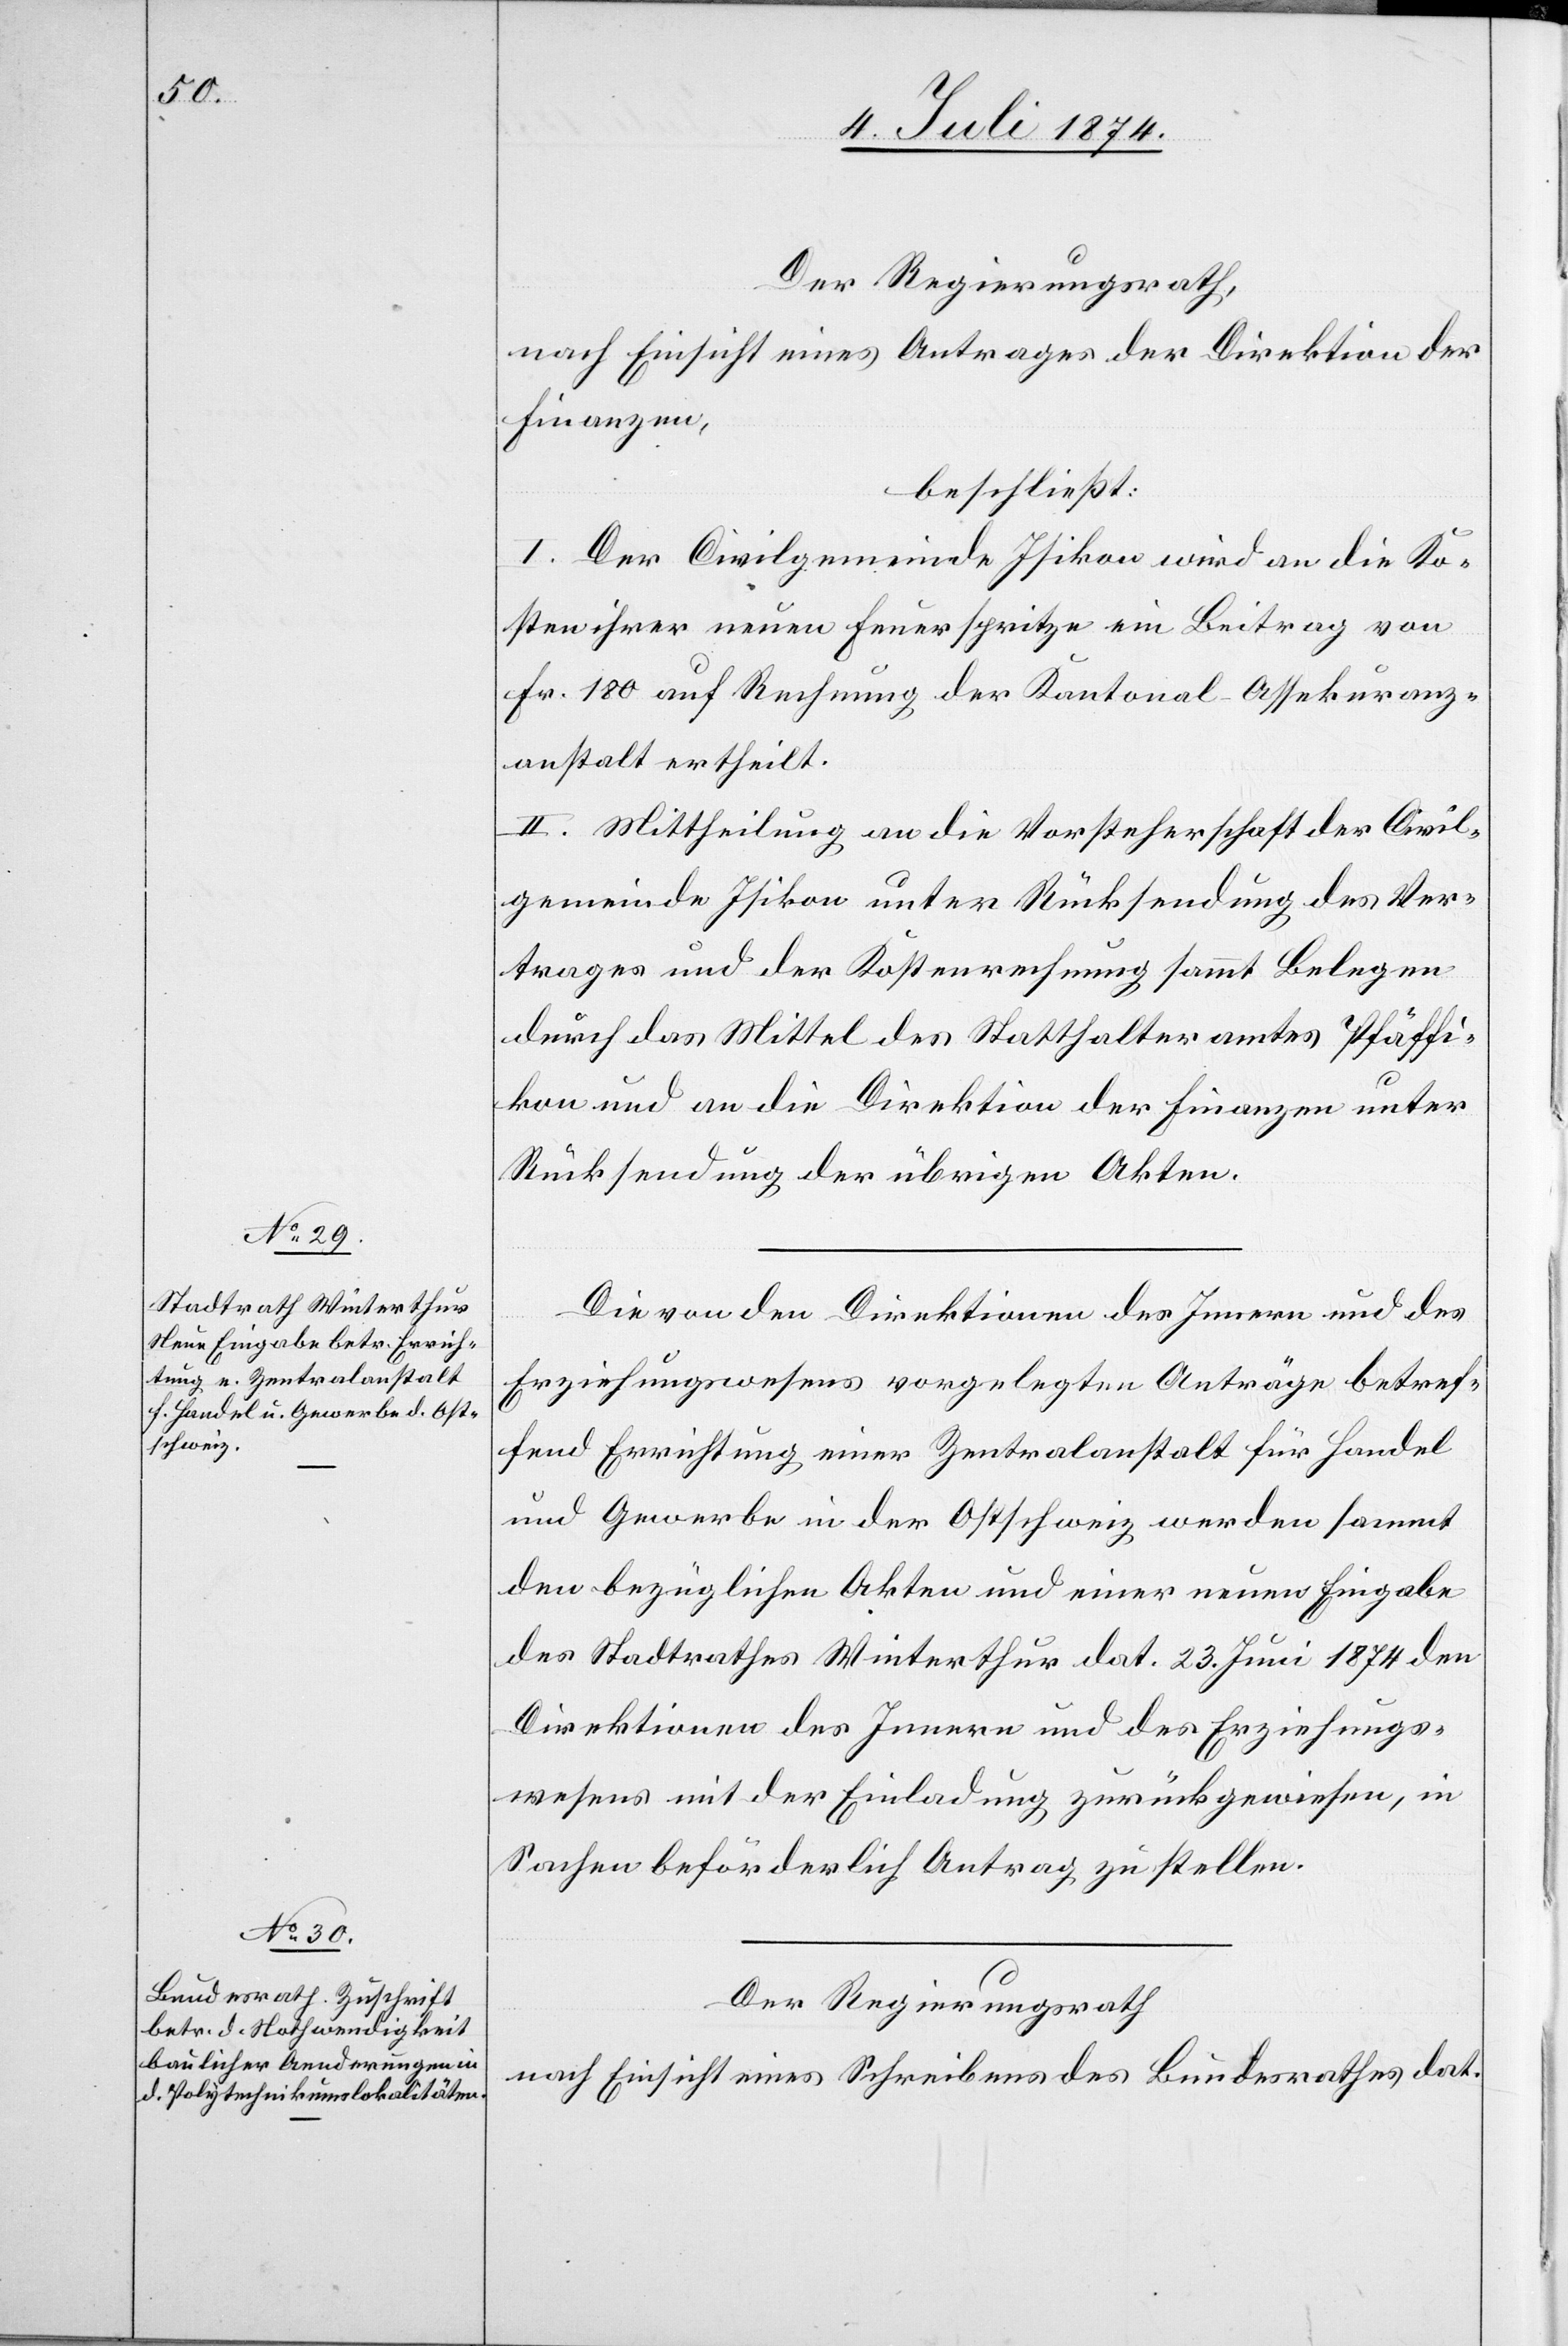
Der Regierungsrath,
nach Einsicht eines Antrages der Direktion der
Finanzen,
beschließt:
I. Der Civilgemeinde Isikon wird an die Ko¬
sten ihrer neuen Feuerspritze ein Beitrag von
Fr. 180 auf Rechnung der Kantonal-Assekuranz¬
anstalt ertheilt.
II. Mittheilung an die Vorsteherschaft der Civil¬
gemeinde Isikon unter Rücksendung des Ver¬
trages und der Kostenrechnung sammt Belegen
durch das Mittel des Statthalteramtes Pfäffi¬
kon und an die Direktion der Finanzen unter
Rücksendung der übrigen Akten.
Die von den Direktionen des Innern und des
Erziehungswesens vorgelegten Anträge betref¬
fend Errichtung einer Zentralanstalt für Handel
und Gewerbe in der Ostschweiz werden sammt
den bezüglichen Akten und einer neuen Eingabe
des Stadtrathes Winterthur dat. 23. Juni 1874 den
Direktionen des Innern und des Erziehungs¬
wesens mit der Einladung zurückgewiesen, in
Sachen beförderlich Antrag zu stellen.
Der Regierungsrath
nach Einsicht eines Schreibens des Bundesrathes dat.